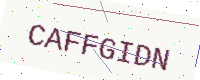
Text: CAFFGIDN